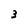
Character: 3